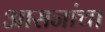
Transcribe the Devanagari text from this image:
आसनांचा